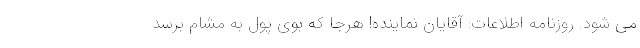
می شود. روزنامه اطلاعات: آقایان نماینده! هرجا که بوی پول به مشام برسد